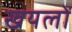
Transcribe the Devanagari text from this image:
खयलों